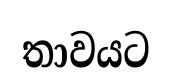
තාවයට